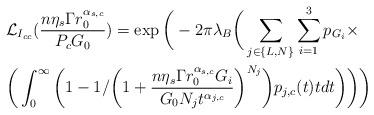
LaTeX: \begin{align*}&\mathcal{L}_{I_{cc}}(\frac{n \eta_s \Gamma r_0^{\alpha_{s,c}}}{P_{c}G_0})=\exp\bigg(-2\pi\lambda_B\bigg (\sum_{j \in \{L,N\}} \sum_{i=1}^3 p_{G_i} \times \\&\bigg(\int_0^{\infty}\bigg(1-1/\bigg(1+\frac{n \eta_s \Gamma r_0^{\alpha_{s,c}}G_i}{G_0N_jt^{\alpha_{j,c}}}\bigg)^{N_j}\bigg)p_{j,c}(t)tdt\bigg)\bigg)\bigg)\end{align*}